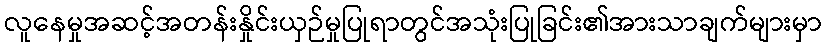
လူနေမှုအဆင့်အတန်းနှိုင်းယှဉ်မှုပြုရာတွင်အသုံးပြုခြင်း၏အားသာချက်များမှာ